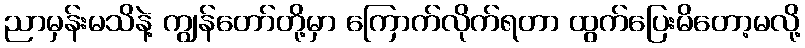
ညာမှန်းမသိနဲ့ ကျွန်တော်တို့မှာ ကြောက်လိုက်ရတာ ထွက်ပြေးမိတော့မလို့